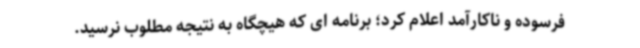
فرسوده و ناکارآمد اعلام کرد؛ برنامه ای که هیچگاه به نتیجه مطلوب نرسید.